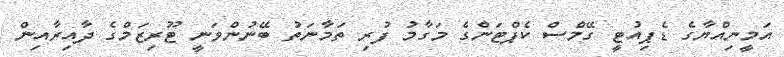
އަމީނިއްޔާގެ ޑެޕިއުޓީ ގޭމްސް ކެޕްޓަންގެ މަގާމު ފުރި ތަމާނަތު ބޭނުންވަނީ ޓޫރިޒަމްގެ ދާއިރާއިން